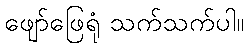
ဖျော်ဖြေရုံ သက်သက်ပါ။